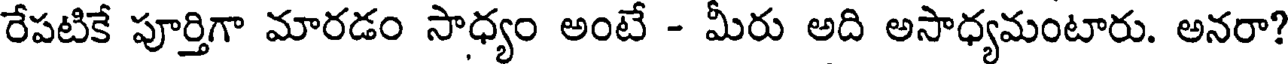
రేపటికే పూర్తిగా మారడం సాధ్యం అంటే - మీరు అది అసాధ్యమంటారు. అనరా?